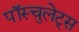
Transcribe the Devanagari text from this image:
पॉस्चुलेट्स